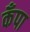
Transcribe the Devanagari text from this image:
कँपा